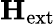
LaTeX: \mathbf{H}_{\mathrm{ext}}